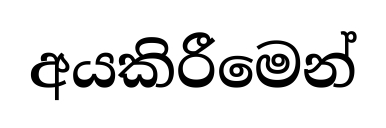
අයකිරීමෙන්